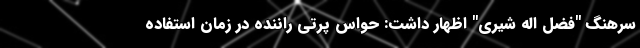
سرهنگ "فضل اله شیری" اظهار داشت: حواس پرتی راننده در زمان استفاده